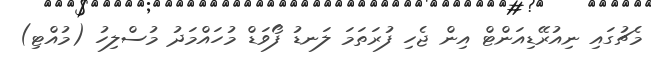
މެޗުގައި ނިއުރޭޑިއަންޓް އިން ޖެހި ފުރަތަމަ ލަނޑު ފޯވަޑް މުހައްމަދު މުސްލިހު (މުއްޓި)